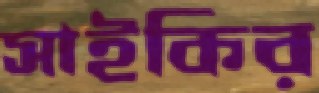
সাইকির